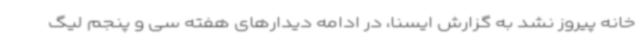
خانه پیروز نشد به گزارش ایسنا، در ادامه دیدارهای هفته سی و پنجم لیگ